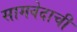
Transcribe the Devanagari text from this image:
सामवेदाची